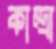
কান্দ্রা